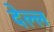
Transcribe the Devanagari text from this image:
देल्ल